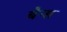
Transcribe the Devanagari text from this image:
बैन्स